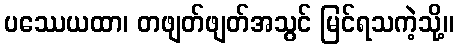
ပဿေယထာ၊ တဖျတ်ဖျတ်အသွင် မြင်ရသကဲ့သို့။